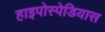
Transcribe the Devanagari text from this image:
हाइपोस्पेडियास